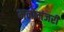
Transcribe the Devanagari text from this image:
मनोमंजरी